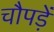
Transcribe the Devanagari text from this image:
चौपड़ें